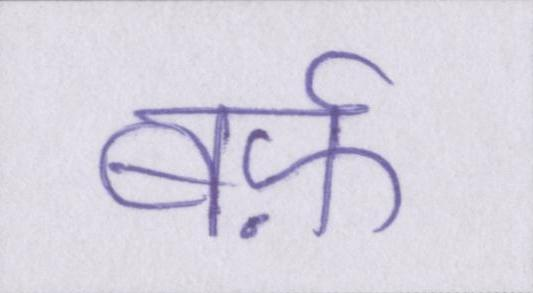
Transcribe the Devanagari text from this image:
बर्फ़